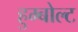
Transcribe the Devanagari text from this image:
हुम्बोल्ट